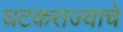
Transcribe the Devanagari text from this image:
घटकराज्याचे